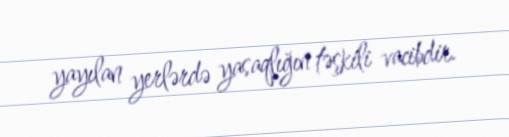
yayılan yerlərdə yasaqlığın təşkili vacibdir.